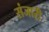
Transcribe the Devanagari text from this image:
संजारी